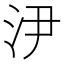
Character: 𣲫